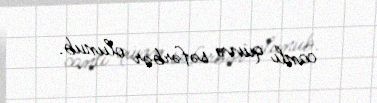
canlı qüvvə səfərbər olunub.